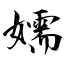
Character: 嬬